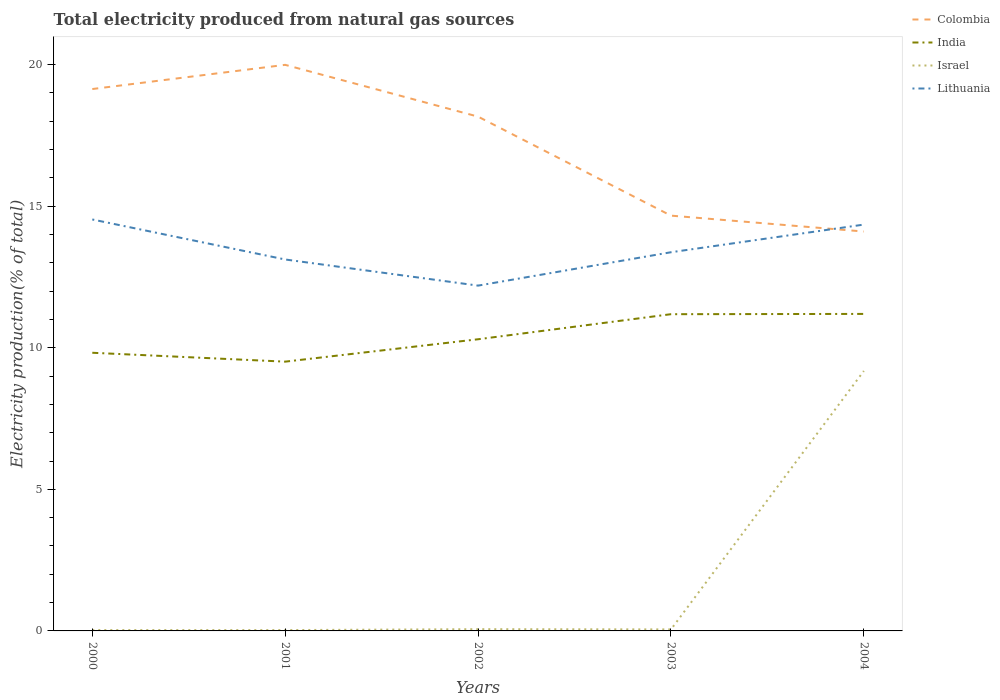
| Years | Colombia | India | Israel | Lithuania |
 | --- | --- | --- | --- | --- |
 | 2000 | 19.1 | 9.82 | 0.0305 | 14.5 |
 | 2001 | 20 | 9.51 | 0.0296 | 13.1 |
 | 2002 | 18.2 | 10.3 | 0.0615 | 12.2 |
 | 2003 | 14.7 | 11.2 | 0.0531 | 13.4 |
 | 2004 | 14.1 | 11.2 | 9.18 | 14.4 |